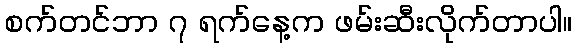
စက်တင်ဘာ ၇ ရက်နေ့က ဖမ်းဆီးလိုက်တာပါ။